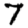
Digit: 7